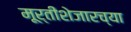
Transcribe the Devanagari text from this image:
मूर्तीशेजारच्या